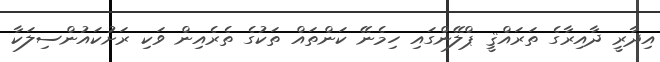
އިދާރީ ދާއިރާގެ ތަރައްޤީ ޕްލޭންގައި ހިމެނޭ ކަންތައް ތަކުގެ ތެރެއިން ވަކި ރަށުކައުންސިލަކާ